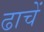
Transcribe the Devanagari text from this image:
ढाचें